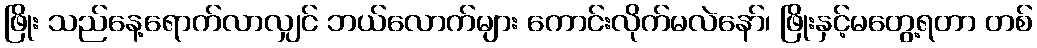
ဖြိုး သည်နေ့ရောက်လာလျှင် ဘယ်လောက်များ ကောင်းလိုက်မလဲနော်၊ ဖြိုးနှင့်မတွေ့ရတာ တစ်